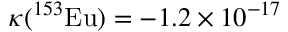
\kappa ( { } ^ { 1 5 3 } \mathrm { E u } ) = - 1 . 2 \times 1 0 ^ { - 1 7 }